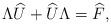
LaTeX: \begin{align*}\Lambda \widehat{U} + \widehat{U} \Lambda = \widehat{F},\end{align*}